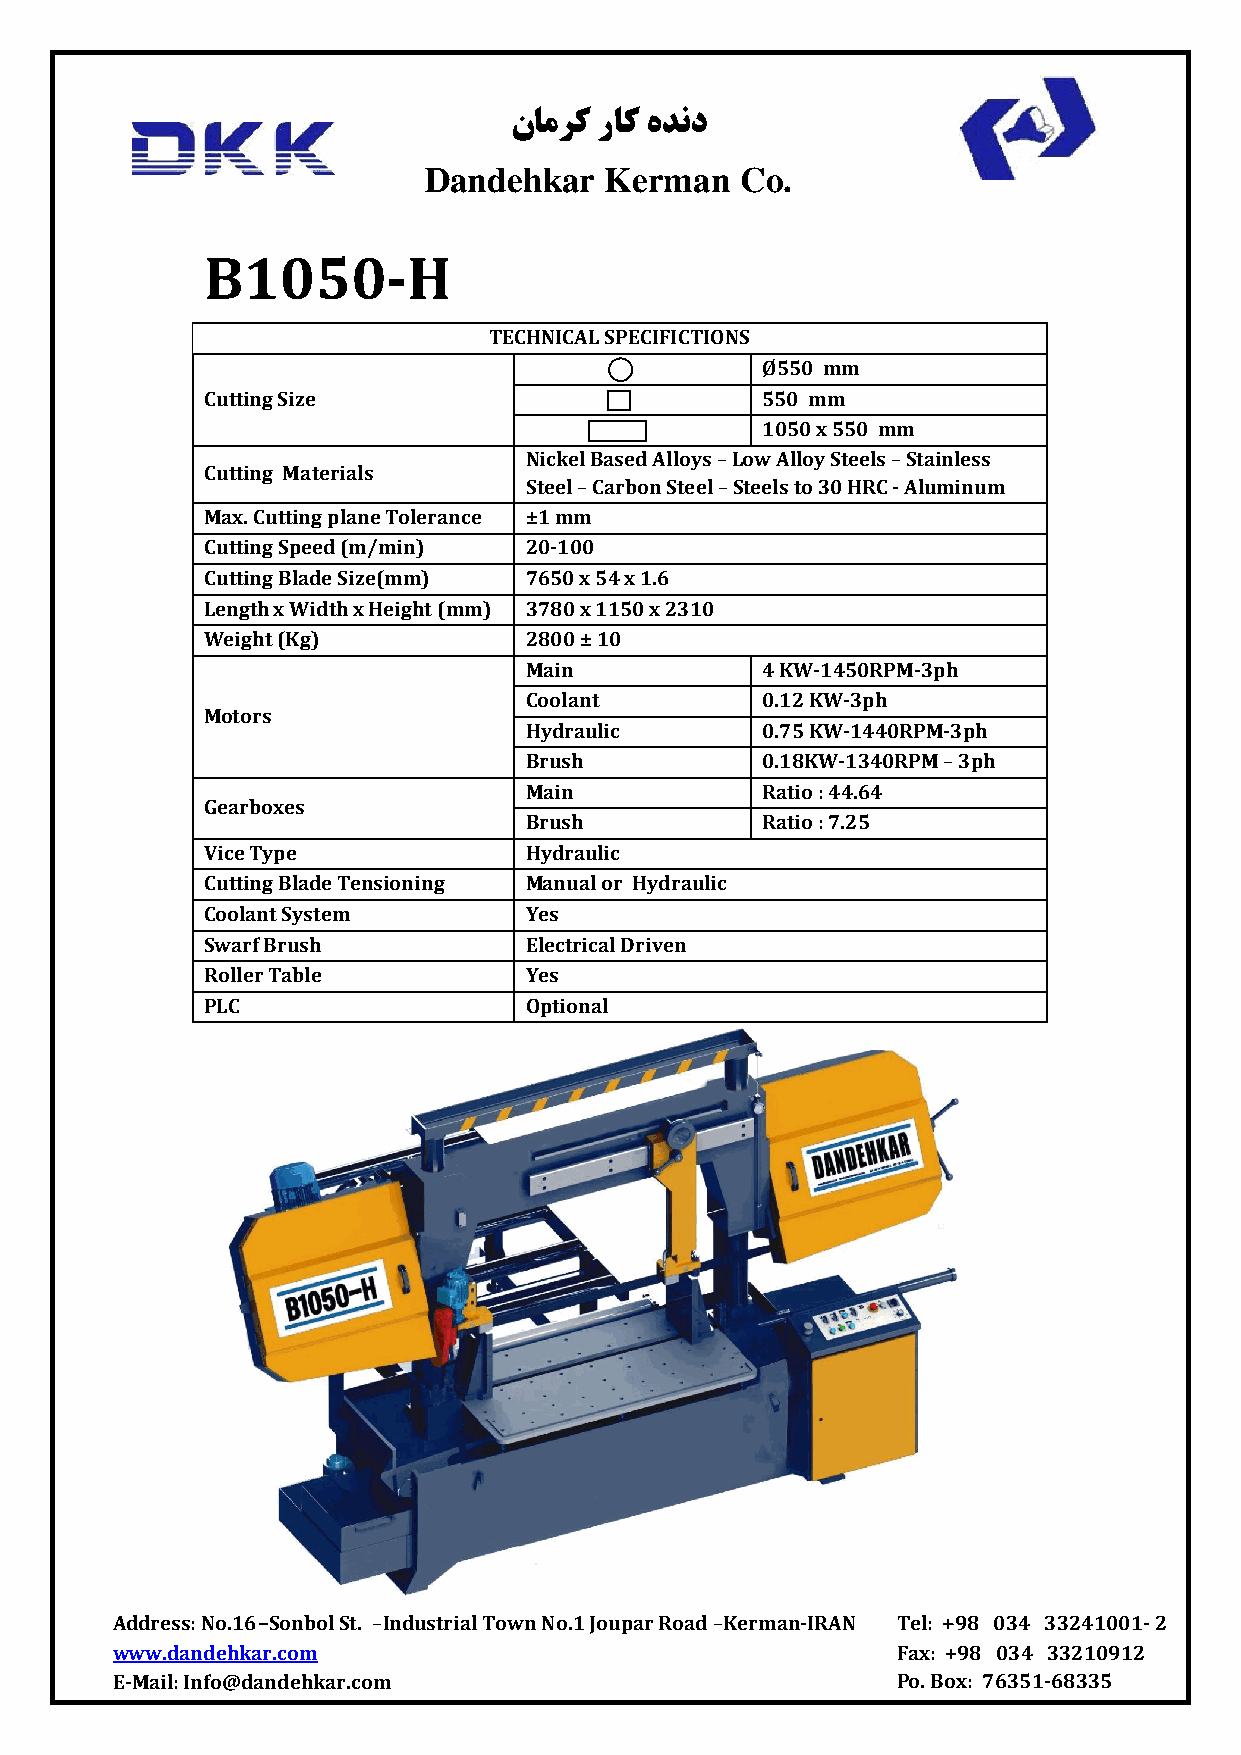
نامرک راک هدند
 Dandehkar   Kerman   Co.
 B1050-H
 TECHNICAL SPECIFICTIONS
 Ø550 mm
 Cutting Size                        550 mm
 1050 x 550 mm
 Nickel Based Alloys – Low Alloy Steels – Stainless
 Cutting Materials
 Steel – Carbon Steel – Steels to 30 HRC - Aluminum
 Max. Cutting plane Tolerance ±1 mm
 Cutting Speed (m/min) 20-100
 Cutting Blade Size(mm) 7650 x 54 x 1.6
 Length x Width x Height (mm) 3780 x 1150 x 2310
 Weight (Kg)          2800 ± 10
 Main           4 KW-1450RPM-3ph
 Coolant        0.12 KW-3ph
 Motors
 Hydraulic      0.75 KW-1440RPM-3ph
 Brush          0.18KW-1340RPM – 3ph
 Main           Ratio : 44.64
 Gearboxes
 Brush          Ratio : 7.25
 Vice Type            Hydraulic
 Cutting Blade Tensioning Manual or Hydraulic
 Coolant System       Yes
 Swarf Brush          Electrical Driven
 Roller Table         Yes
 PLC                  Optional
 Address: No.16-Sonbol St. –Industrial Town No.1 Joupar Road –Kerman-IRAN Tel: +98 034 33241001- 2
 www.dandehkar.com                                   Fax: +98 034 33210912
 E-Mail: Info@dandehkar.com                          Po. Box: 76351-68335